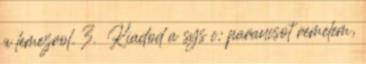
a lemezrol. 3. Kiadod a sys c: parancsot remelem,